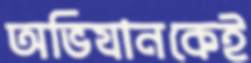
অভিযানকেই